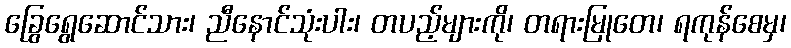
ခြွေရွေဆောင်သား၊ ညီနောင်သုံးပါး၊ တပည့်များကို၊ တရားမြုတေ၊ ရကုန်စေမှ၊